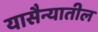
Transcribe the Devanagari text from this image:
यासैन्यातील